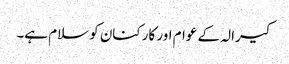
کیرالہ کے عوام اور کارکنان کو سلام ہے۔